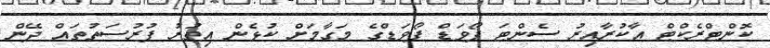
ކޮންޓްރެކްޓް އާކުރާއިރު ސެންޓަ ފޯވަޑް ފޯވަޑްގެ މަގާމަށް ކުޅެން އިތުރު ފުރުސަތުތައް ދޭން